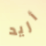
أريد